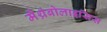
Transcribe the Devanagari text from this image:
मेंथ्रंबोलाइसिस